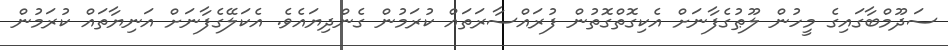
ސަދޫމްބާގައިގެ މީހުން ލޫޠުގެފާނަށް އެކިގޮތްގޮތުން ފުރައްސާރަތައް ކުރަމުން ގެންދިޔައެވެ. އެކަލޭގެފާނަށް އަނިޔާތައް ކުރަމުން